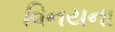
વિનયના